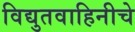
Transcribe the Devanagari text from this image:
विद्युतवाहिनीचे